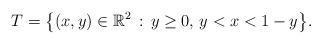
LaTeX: \begin{align*}T = \big\{(x,y) \in \mathbb R^2\,:\, y \ge 0,\, y < x < 1 - y \big\}.\end{align*}